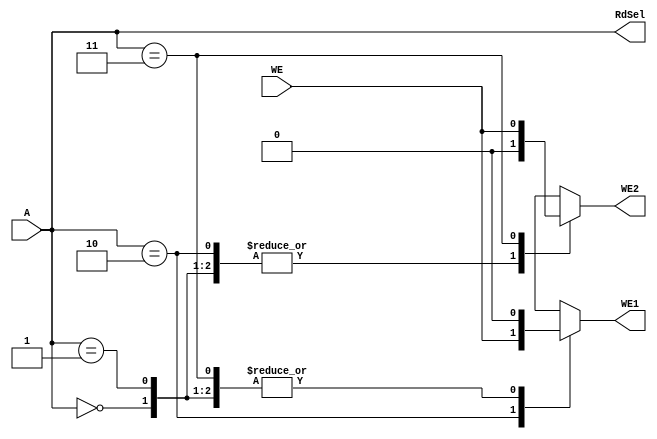
`timescale 1ns / 1ps
//////////////////////////////////////////////////////////////////////////////////
// Company: 
// Engineer: 
// 
// Design Name: 
// Module Name: gpio_ad
// Project Name: 
// Target Devices: 
// Tool Versions: 
// Description: 
// 
// Dependencies: 
// 
// Revision:
// Revision 0.01 - File Created
// Additional Comments:
// 
//////////////////////////////////////////////////////////////////////////////////


module gpio_ad(
        input   wire    [3:2]   A,
        input   wire            WE,
        output  reg             WE1, WE2,
        output  wire    [1:0]   RdSel
    );
    
    always @ (*) begin
        case (A) 
            2'b00: begin
                WE1 = 1'b0;
                WE2 = 1'b0;
            end
            
            2'b01: begin
                WE1 = 1'b0;
                WE2 = 1'b0;
            end
            
            2'b10: begin
                WE1 = WE;
                WE2 = 1'b0;
            end
            
            2'b11: begin
                WE1 = 1'b0;
                WE2 = WE;
            end
            
            default: begin
                WE1 = 1'bx;
                WE2 = 1'bx;
            end
        endcase
    end
    
    assign RdSel = A;
    
endmodule